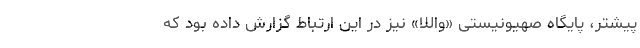
پیشتر، پایگاه صهیونیستی «واللا» نیز در این ارتباط گزارش داده بود که